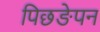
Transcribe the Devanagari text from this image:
पिछङेपन